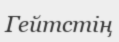
Гейтстің